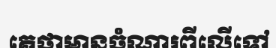
គេថាមានចំណារពីលើទៅ